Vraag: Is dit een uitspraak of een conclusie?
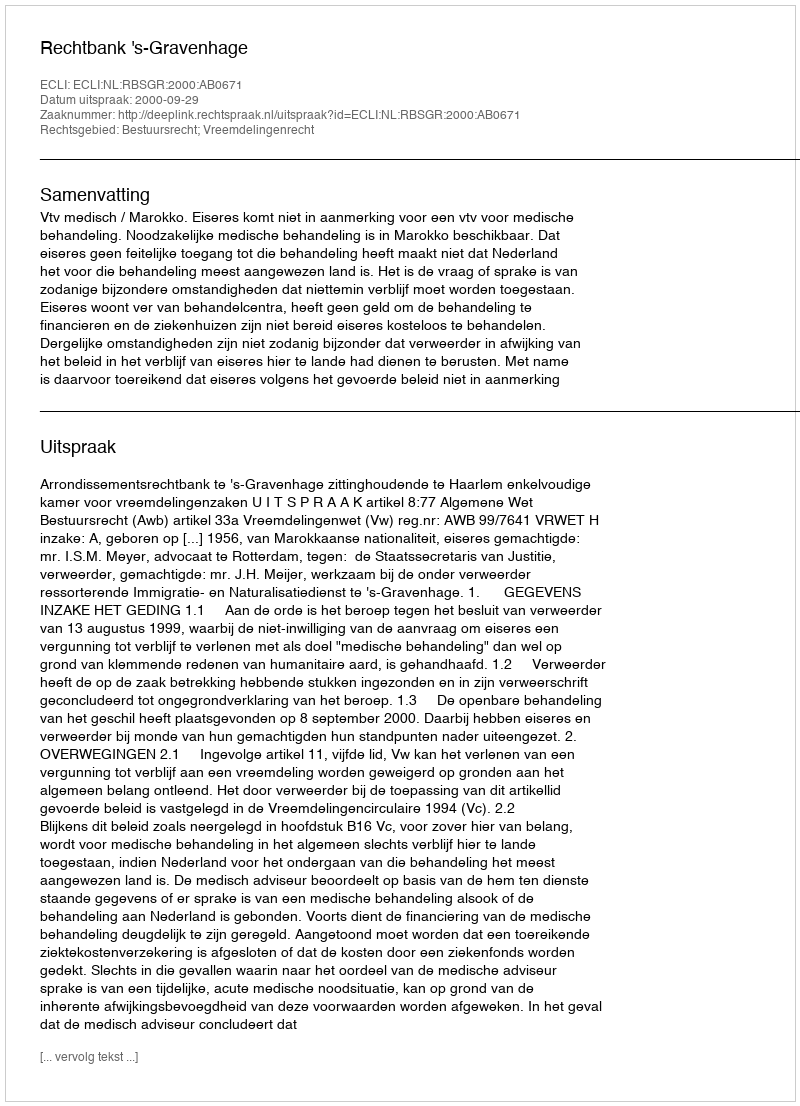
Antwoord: Uitspraak